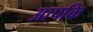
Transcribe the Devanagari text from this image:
आपकि